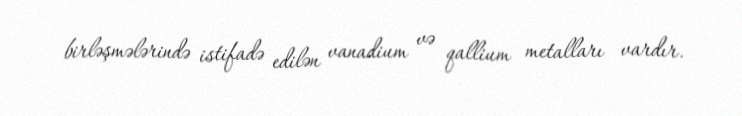
birləşmələrində istifadə edilən vanadium və qallium metalları vardır.